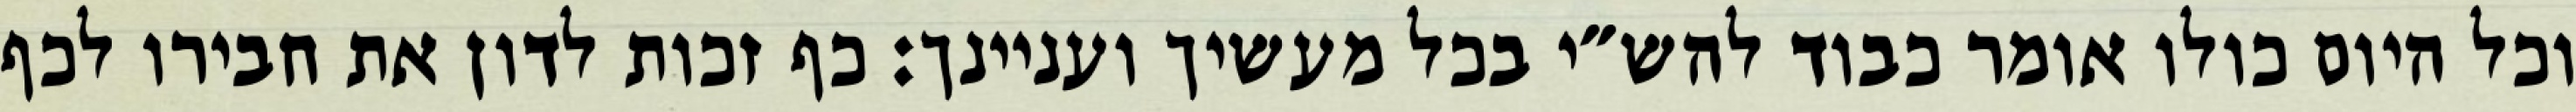
וכל היום כולו אומר כבוד להש״י בכל מעשיך ועניינך: כף זכות לדון את חבירו לכף